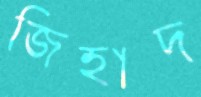
জিহাদ